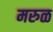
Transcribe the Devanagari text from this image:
मरुळ